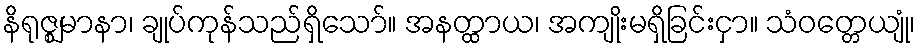
နိရုဇ္ဈမာနာ၊ ချုပ်ကုန်သည်ရှိသော်။ အနတ္ထာယ၊ အကျိုးမရှိခြင်းငှာ။ သံဝတ္တေယျုံ၊